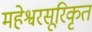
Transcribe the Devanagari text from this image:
महेश्वरसूरिकृत